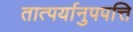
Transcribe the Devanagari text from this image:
तात्पर्यानुपपत्ति